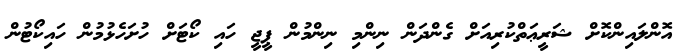
އޮންލައިންކޮށް ޝަރީޢަތްކުރިއަށް ގެންދަން ނިންމި ނިންމުން ޕީޖީ ހައި ކޯޓަށް ހުށަހެޅުމުން ހައިކޯޓުން